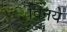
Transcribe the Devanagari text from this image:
विनये